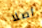
أصلا